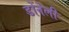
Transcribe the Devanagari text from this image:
डोंनेली